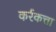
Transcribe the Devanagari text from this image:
कर्रकत्ता